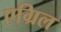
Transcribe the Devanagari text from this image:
एग्रिल